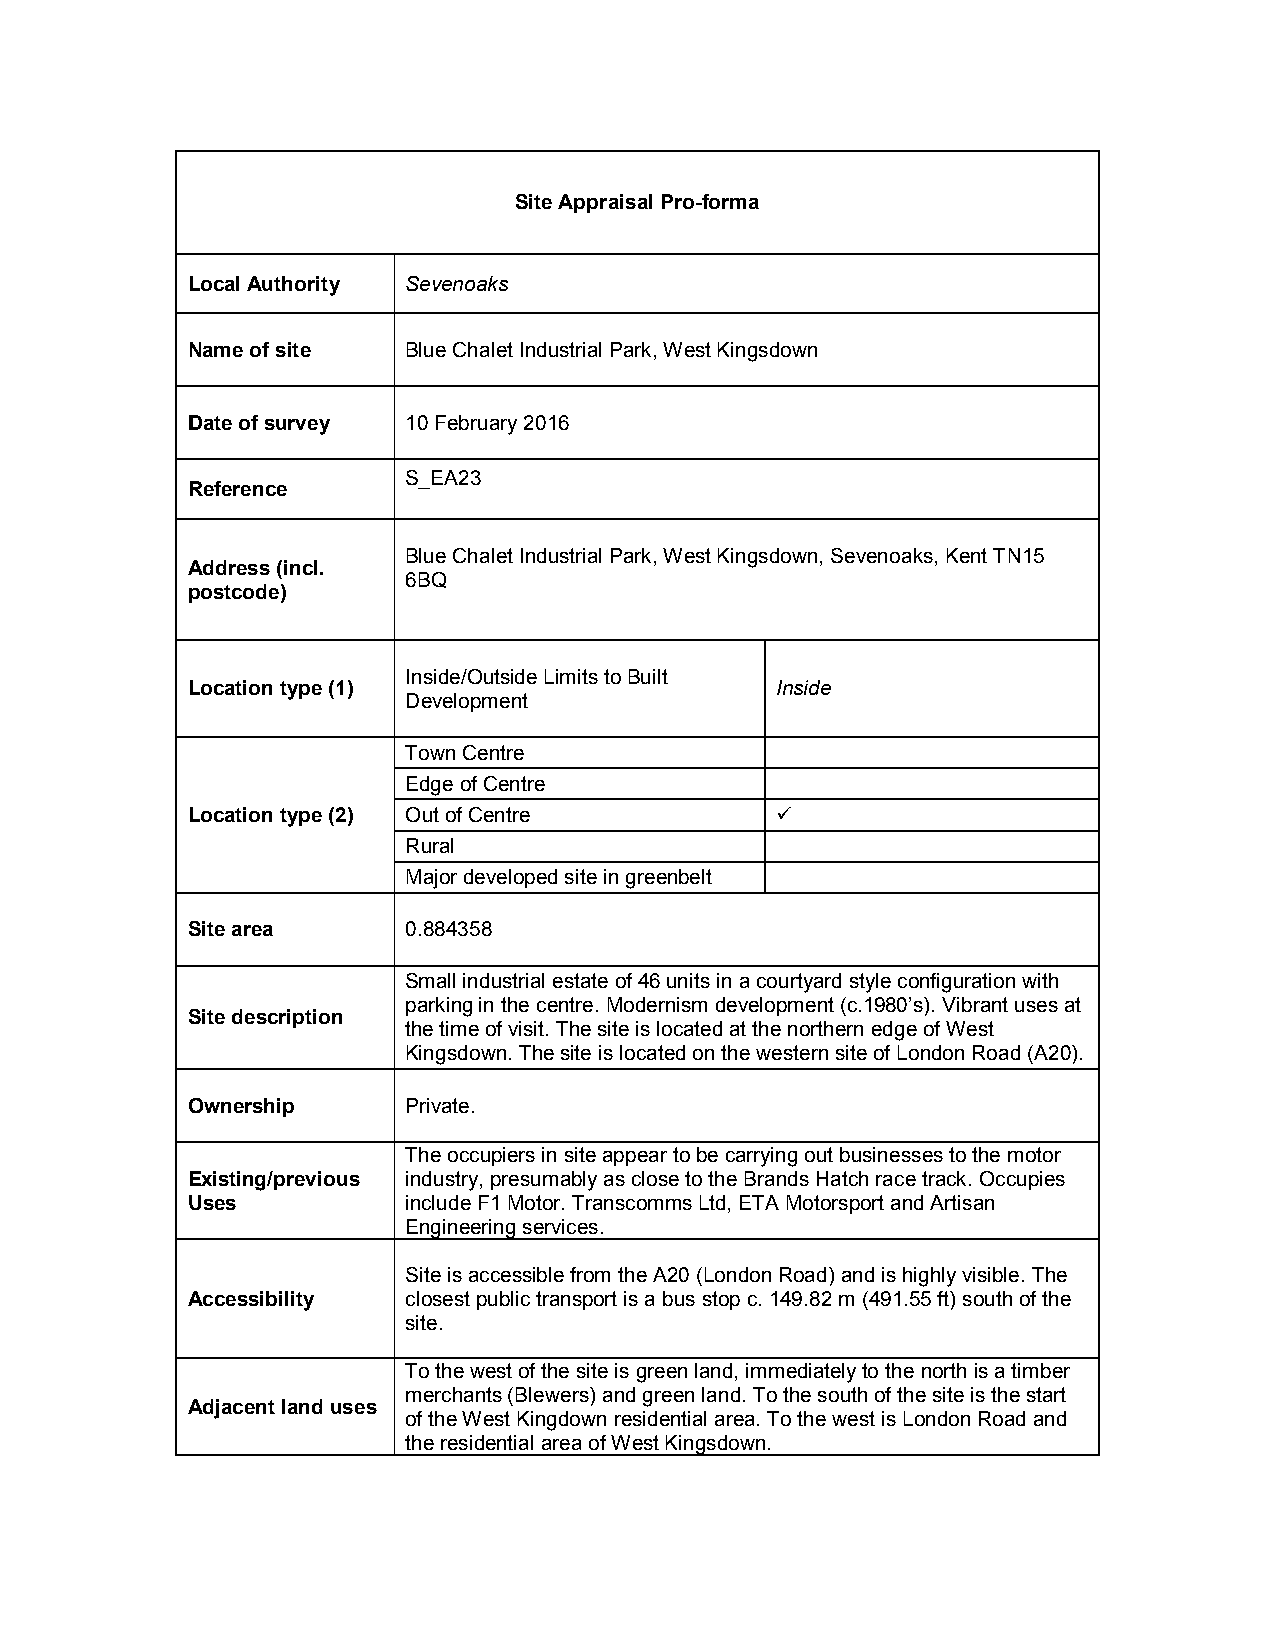
Site Appraisal Pro-forma
 Local Authority Sevenoaks
 Name of site   Blue Chalet Industrial Park, West Kingsdown
 Date of survey 10 February 2016
 S_EA23
 Reference
 Blue Chalet Industrial Park, West Kingsdown, Sevenoaks, Kent TN15
 Address (incl.
 6BQ
 postcode)
 Inside/Outside Limits to Built
 Location type (1)                      Inside
 Development
 Town Centre
 Edge of Centre
 Location type (2) Out of Centre        
 Rural
 Major developed site in greenbelt
 Site area      0.884358
 Small industrial estate of 46 units in a courtyard style configuration with
 parking in the centre. Modernism development (c.1980’s). Vibrant uses at
 Site description
 the time of visit. The site is located at the northern edge of West
 Kingsdown. The site is located on the western site of London Road (A20).
 Ownership      Private.
 The occupiers in site appear to be carrying out businesses to the motor
 Existing/previous industry, presumably as close to the Brands Hatch race track. Occupies
 Uses           include F1 Motor. Transcomms Ltd, ETA Motorsport and Artisan
 Engineering services.
 Site is accessible from the A20 (London Road) and is highly visible. The
 Accessibility  closest public transport is a bus stop c. 149.82 m (491.55 ft) south of the
 site.
 To the west of the site is green land, immediately to the north is a timber
 merchants (Blewers) and green land. To the south of the site is the start
 Adjacent land uses
 of the West Kingdown residential area. To the west is London Road and
 the residential area of West Kingsdown.